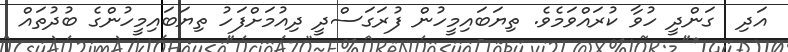
އަދި  ގަންދީ ހުވާ ކުރައްވަމެވެ. ތިޔަބައިމީހުން ފުރަގަސްދީ ދިއުމަށްފަހު ތިޔަބައިމީހުންގެ ބުދުތައް